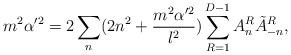
LaTeX: \begin{align*}m^2\alpha'^2=2\sum_n(2n^2+\frac{m^2\alpha'^2}{l^2})\sum_{R=1}^{D-1}A_n^R\tilde{A}_{-n}^R,\end{align*}